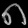
Digit: ၈